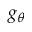
g _ { \theta }